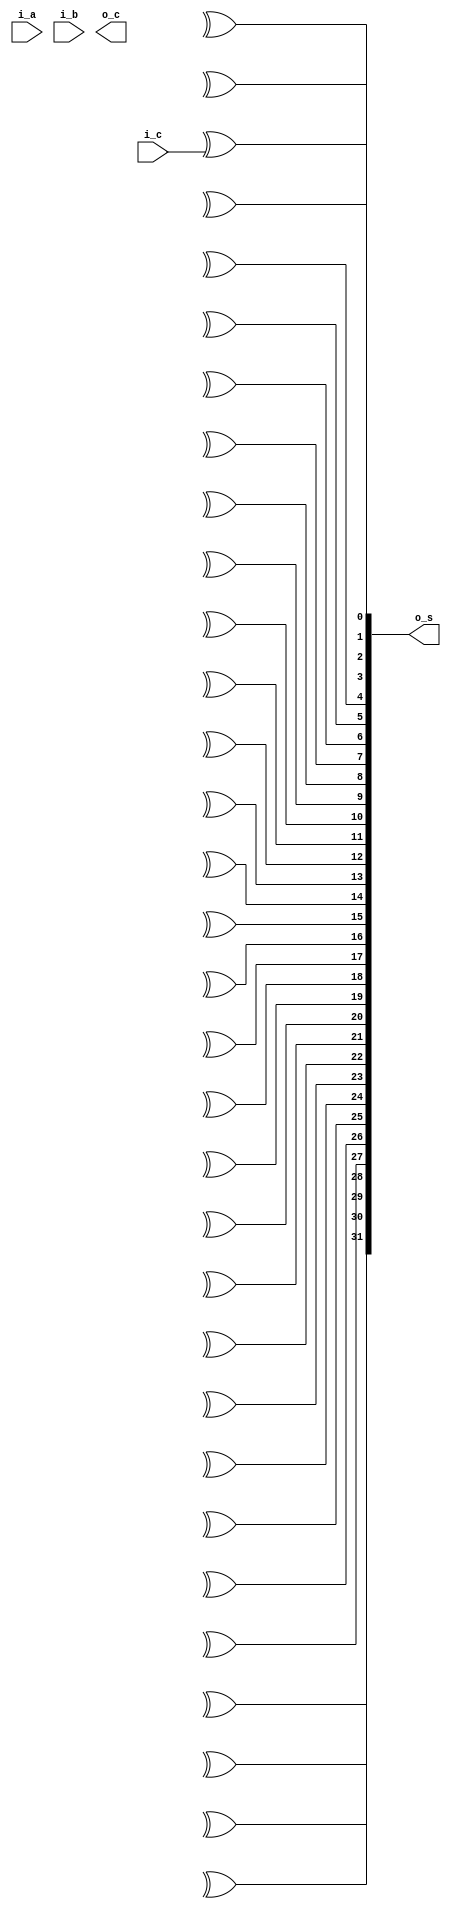
module exp(i_a, i_b, i_c, o_s, o_c);
  (* src = "../RTL/CLA_fixed.v:55" *)
  wire [31:0] G0;
  (* src = "../RTL/CLA_fixed.v:90" *)
  wire [15:0] G1;
  (* src = "../RTL/CLA_fixed.v:112" *)
  wire [15:0] G2;
  (* src = "../RTL/CLA_fixed.v:132" *)
  wire [15:0] G3;
  (* src = "../RTL/CLA_fixed.v:152" *)
  wire [15:0] G4;
  (* src = "../RTL/CLA_fixed.v:172" *)
  wire [15:0] G5;
  (* src = "../RTL/CLA_fixed.v:191" *)
  wire [31:0] G6;
  (* src = "../RTL/CLA_fixed.v:55" *)
  wire [31:0] P0;
  (* src = "../RTL/CLA_fixed.v:91" *)
  wire [15:1] P1;
  (* src = "../RTL/CLA_fixed.v:113" *)
  wire [15:2] P2;
  (* src = "../RTL/CLA_fixed.v:133" *)
  wire [15:4] P3;
  (* src = "../RTL/CLA_fixed.v:153" *)
  wire [15:8] P4;
  (* src = "../RTL/CLA_fixed.v:48" *)
  input [31:0] i_a;
  (* src = "../RTL/CLA_fixed.v:48" *)
  input [31:0] i_b;
  (* src = "../RTL/CLA_fixed.v:49" *)
  input i_c;
  (* src = "../RTL/CLA_fixed.v:51" *)
  output o_c;
  (* src = "../RTL/CLA_fixed.v:50" *)
  output [31:0] o_s;
  assign o_s[0] = P0[0] ^ (* src = "../RTL/CLA_fixed.v:225" *) i_c;
  assign o_s[1] = P0[1] ^ (* src = "../RTL/CLA_fixed.v:226" *) G1[0];
  assign o_s[2] = P0[2] ^ (* src = "../RTL/CLA_fixed.v:227" *) G6[1];
  assign o_s[3] = P0[3] ^ (* src = "../RTL/CLA_fixed.v:228" *) G2[1];
  assign o_s[4] = P0[4] ^ (* src = "../RTL/CLA_fixed.v:229" *) G6[3];
  assign o_s[5] = P0[5] ^ (* src = "../RTL/CLA_fixed.v:230" *) G3[2];
  assign o_s[6] = P0[6] ^ (* src = "../RTL/CLA_fixed.v:231" *) G6[5];
  assign o_s[7] = P0[7] ^ (* src = "../RTL/CLA_fixed.v:232" *) G3[3];
  assign o_s[8] = P0[8] ^ (* src = "../RTL/CLA_fixed.v:233" *) G6[7];
  assign o_s[9] = P0[9] ^ (* src = "../RTL/CLA_fixed.v:234" *) G4[4];
  assign o_s[10] = P0[10] ^ (* src = "../RTL/CLA_fixed.v:235" *) G6[9];
  assign o_s[11] = P0[11] ^ (* src = "../RTL/CLA_fixed.v:236" *) G4[5];
  assign o_s[12] = P0[12] ^ (* src = "../RTL/CLA_fixed.v:237" *) G6[11];
  assign o_s[13] = P0[13] ^ (* src = "../RTL/CLA_fixed.v:238" *) G4[6];
  assign o_s[14] = P0[14] ^ (* src = "../RTL/CLA_fixed.v:239" *) G6[13];
  assign o_s[15] = P0[15] ^ (* src = "../RTL/CLA_fixed.v:240" *) G4[7];
  assign o_s[16] = P0[16] ^ (* src = "../RTL/CLA_fixed.v:241" *) G6[15];
  assign o_s[17] = P0[17] ^ (* src = "../RTL/CLA_fixed.v:242" *) G5[8];
  assign o_s[18] = P0[18] ^ (* src = "../RTL/CLA_fixed.v:243" *) G6[17];
  assign o_s[19] = P0[19] ^ (* src = "../RTL/CLA_fixed.v:244" *) G5[9];
  assign o_s[20] = P0[20] ^ (* src = "../RTL/CLA_fixed.v:245" *) G6[19];
  assign o_s[21] = P0[21] ^ (* src = "../RTL/CLA_fixed.v:246" *) G5[10];
  assign o_s[22] = P0[22] ^ (* src = "../RTL/CLA_fixed.v:247" *) G6[21];
  assign o_s[23] = P0[23] ^ (* src = "../RTL/CLA_fixed.v:248" *) G5[11];
  assign o_s[24] = P0[24] ^ (* src = "../RTL/CLA_fixed.v:249" *) G6[23];
  assign o_s[25] = P0[25] ^ (* src = "../RTL/CLA_fixed.v:250" *) G5[12];
  assign o_s[26] = P0[26] ^ (* src = "../RTL/CLA_fixed.v:251" *) G6[25];
  assign o_s[27] = P0[27] ^ (* src = "../RTL/CLA_fixed.v:252" *) G5[13];
  assign o_s[28] = P0[28] ^ (* src = "../RTL/CLA_fixed.v:253" *) G6[27];
  assign o_s[29] = P0[29] ^ (* src = "../RTL/CLA_fixed.v:254" *) G5[14];
  assign o_s[30] = P0[30] ^ (* src = "../RTL/CLA_fixed.v:255" *) G6[29];
  assign o_s[31] = P0[31] ^ (* src = "../RTL/CLA_fixed.v:256" *) G5[15];
  assign G2[0] = G1[0];
  assign G3[1:0] = { G2[1], G1[0] };
  assign G4[3:0] = { G3[3:2], G2[1], G1[0] };
  assign G5[7:0] = { G4[7:4], G3[3:2], G2[1], G1[0] };
  assign { G6[31:30], G6[28], G6[26], G6[24], G6[22], G6[20], G6[18], G6[16], G6[14], G6[12], G6[10], G6[8], G6[6], G6[4], G6[2], G6[0] } = { o_c, G5[15:8], G4[7:4], G3[3:2], G2[1], G1[0] };
endmodule